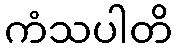
ကံသပါတိ